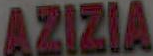
AZIZIA